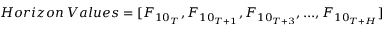
H o r i z o n \; V a l u e s = [ F _ { { 1 0 } _ { T } } , F _ { { 1 0 } _ { T + 1 } } , F _ { { 1 0 } _ { T + 3 } } , . . . , F _ { { 1 0 } _ { T + H } } ]